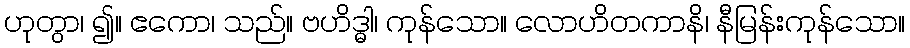
ဟုတွာ၊ ၍။ ဧကော၊ သည်။ ဗဟိဒ္ဓါ၊ ကုန်သော။ လောဟိတကာနိ၊ နီမြန်းကုန်သော။